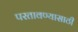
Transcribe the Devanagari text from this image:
परतावण्यासाठी